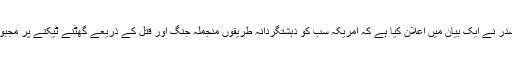
بغداد الیوم ویب سائٹ کی رپورٹ کے مطابق صدر گروہ کے سربراہ مقتدی صدر نے ایک بیان میں اعلان کیا ہے کہ امریکہ سب کو دہشتگردانہ طریقوں منجملہ جنگ اور قتل کے ذریعے گھٹنے ٹیکنے پر مجبور کرنا چاہتا ہے اور پوری دنیا پر صرف اپنا تسلط قائم کرنے کے درپے ہے۔